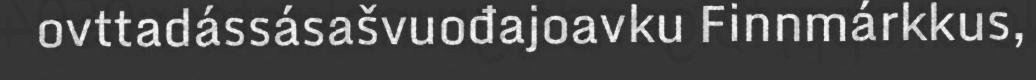
ovttadássásašvuođajoavku Finnmárkkus,